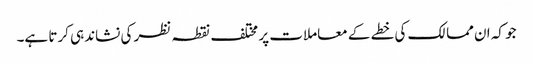
جو کہ ان ممالک کی خطے کے معاملات پر مختلف نقطہ نظر کی نشاندہی کرتا ہے۔